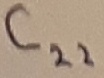
Text: C22